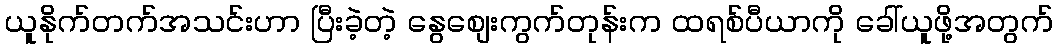
ယူနိုက်တက်အသင်းဟာ ပြီးခဲ့တဲ့ နွေစျေးကွက်တုန်းက ထရစ်ပီယာကို ခေါ်ယူဖို့အတွက်